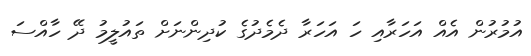
އުމުރުން އެއް އަހަރާއި ހަ އަހަރާ ދެމެދުގެ ކުދިންނަށް ތައުލީމު ދޭ ހާއްސަ